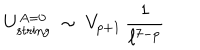
LaTeX: U _ { \mathrm { s t r i n g } } ^ { A = 0 } ~ \sim ~ V _ { p + 1 } \, \frac { 1 } { \ell ^ { 7 - p } }